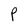
Character: P